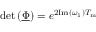
\mathrm { d e t } \left( \underline { { \boldsymbol { \Phi } } } \right) = e ^ { 2 \mathrm { I m } \left( \omega _ { 1 } \right) T _ { \mathrm { m } } }